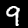
Label: 9